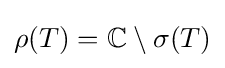
\rho (T)=\mathbb {C} \setminus \sigma (T)